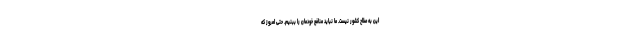
این به صلاح کشور نیست. ما نباید منافع خودمان را ببنیم. حتی امروز که